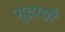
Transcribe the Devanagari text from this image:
मुद्राद्यौ